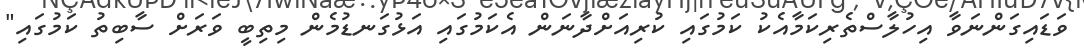
ވަޑައިގަންނަވާ އިހުލާސްތެރިކަމާއެކު ކަމުގައި ކުރިއަށްދާނަން އެކަމުގައި އަޅުގަނޑުމެން މިތިބީ ވަރަށް ސާބިތު ކަމުގައި"